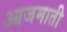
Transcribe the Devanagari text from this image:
आजमाती